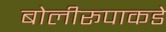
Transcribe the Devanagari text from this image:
बोलीरूपाकडे